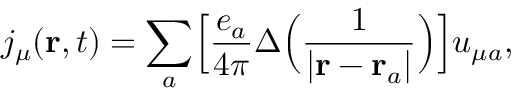
j _ { \mu } ( { \bf r } , t ) = \sum _ { a } \Bigl [ \frac { e _ { a } } { 4 \pi } \Delta \Bigl ( \frac { 1 } { \vert { \bf r } - { \bf r } _ { a } \vert } \Bigr ) \Bigr ] u _ { \mu a } ,